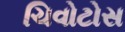
ચિવોટોસ